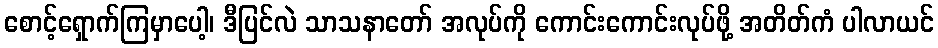
စောင့်ရှောက်ကြမှာပေါ့၊ ဒီပြင်လဲ သာသနာတော် အလုပ်ကို ကောင်းကောင်းလုပ်ဖို့ အတိတ်ကံ ပါလာယင်